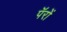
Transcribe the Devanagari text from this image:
पॅरों